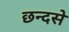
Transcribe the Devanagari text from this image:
छन्दसे